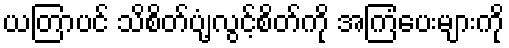
ယတြာပင် သိစိတ်ပျံ့လွင့်စိတ်ကို အကြံပေးများကို